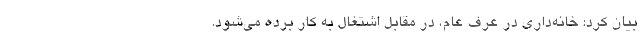
بیان کرد: خانه‌داری در عرف عام، در مقابل اشتغال به کار برده می‌شود.